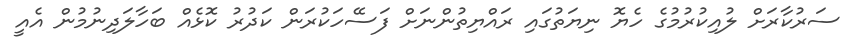
ސަރުކާރަށް ލުއިކުރުމުގެ ހެޔޮ ނިޔަތުގައި ރައްޔިތުންނަށް ފަސޭހަކުރަން ކަދުރު ކޮޅެއް ބަހާލަދިނުމުން އެއީ